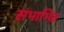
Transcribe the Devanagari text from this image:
संभाभित